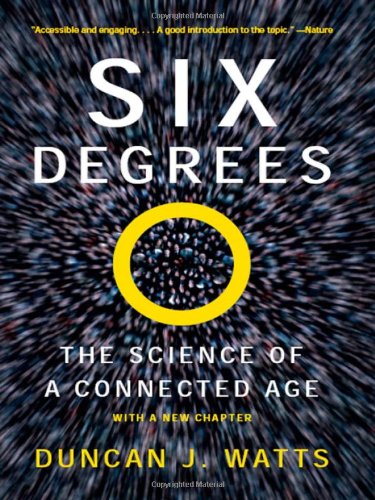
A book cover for Six Degrees: The Science of a Connected Age; Duncan J. Watts; Science & Math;